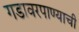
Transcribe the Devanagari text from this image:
गडावरपाण्याची